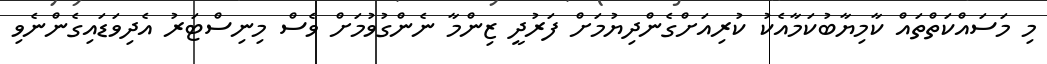
މި މަސައްކަތްތައް ކާމިޔާބުކަމާއެކު ކުރިއަށްގެންދިޔުމަށް ފަރުދީ ޒިންމާ ނެންގުވުމަށް ވެސް މިނިސްޓަރު އެދިވަޑައިގެންނެވި